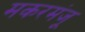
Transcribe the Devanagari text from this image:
मकरमंजू